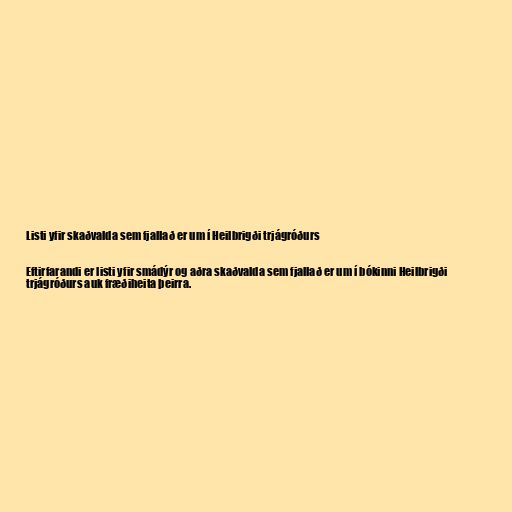
Listi yfir skaðvalda sem fjallað er um í Heilbrigði trjágróðurs

Eftirfarandi er listi yfir smádýr og aðra skaðvalda sem fjallað er um í bókinni Heilbrigði
trjágróðurs auk fræðiheita þeirra.